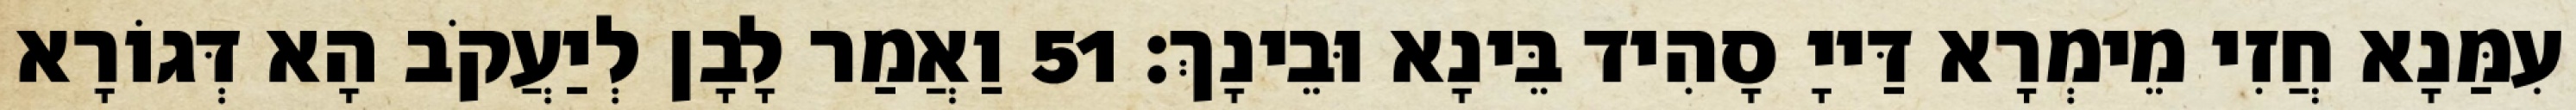
עִמַּנָא חֲזִי מֵימְרָא דַּייָ סָהִיד בֵּינָא וּבֵינָךְ׃ 51 וַאֲמַר לָבָן לְיַעֲקֹב הָא דְּגוֹרָא